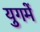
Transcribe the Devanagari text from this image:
युगमें